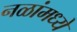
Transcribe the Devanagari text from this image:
नळांमध्ये